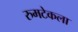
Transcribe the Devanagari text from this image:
रुमटेकला